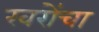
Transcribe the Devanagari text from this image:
खरोंचा